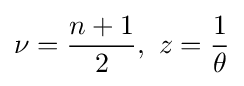
\nu ={\frac {n+1}{2}},\ z={\frac {1}{\theta }}